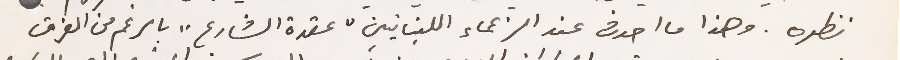
نظره. وهذا ما احدث عند الزعماء اللبنانيين "عقدة الشارع" بالرغم من الفرق